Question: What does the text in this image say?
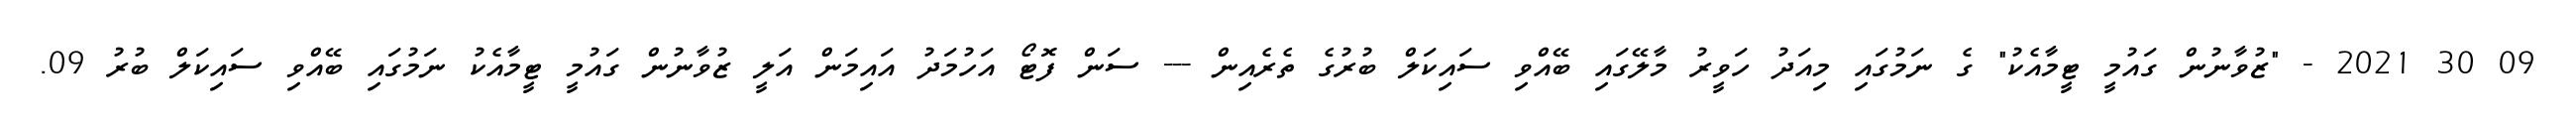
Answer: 09 30 2021 - "ޒުވާނުން ގައުމީ ޓީމާއެކު" ގެ ނަމުގައި މިއަދު ހަވީރު މާލޭގައި ބޭއްވި ސައިކަލް ބުރުގެ ތެރެއިން --- ސަން ފޮޓޯ އަހުމަދު އައިމަން އަލީ ޒުވާނުން ގައުމީ ޓީމާއެކު ނަމުގައި ބޭއްވި ސައިކަލް ބުރު 09.